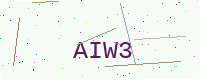
Text: AIW3